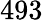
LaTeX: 493